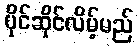
ပိုင်ဆိုင်လိမ့်မည်